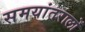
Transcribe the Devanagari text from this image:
समयांतरालों